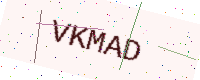
Text: VKMAD